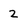
Character: 2